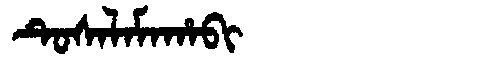
Manchu: ᡨᡠᠰᠠᠯᠠᠮᠠᡥᠠᠪᡳ
Romanization: TUSALAMAHABI